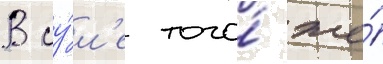
В иу́л'е того́ же́